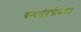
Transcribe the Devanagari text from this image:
वन्यसंपत्तीबाबत